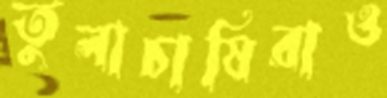
তুলাচাষিরাও